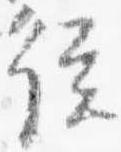
従